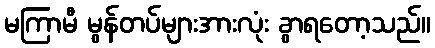
မကြာမီ မွန်တပ်များအားလုံး ခွာရတော့သည်။